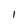
Character: 1